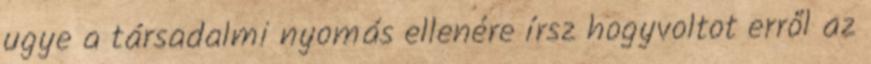
ugye a társadalmi nyomás ellenére írsz hogyvoltot erről az